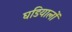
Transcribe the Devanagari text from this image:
घडियालों